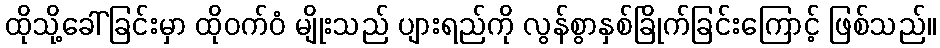
ထိုသို့ခေါ်ခြင်းမှာ ထိုဝက်ဝံ မျိုးသည် ပျားရည်ကို လွန်စွာနှစ်ခြိုက်ခြင်းကြောင့် ဖြစ်သည်။